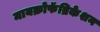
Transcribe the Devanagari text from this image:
मायक्रोफॅब्रिकेशन